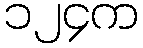
၁၂၄က